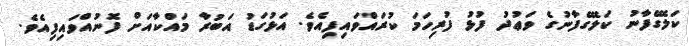
ކަލޭގެފާނު ކަލޭގެފާނުގެ ވަޢުދު ފުޅު ފުރިހަމަ ކުރައްވައިފިއެވެ. އަޅުގަޑު އަބުރާ މައްކާއަށް ފޮނުއްވައިފިއެވެ.